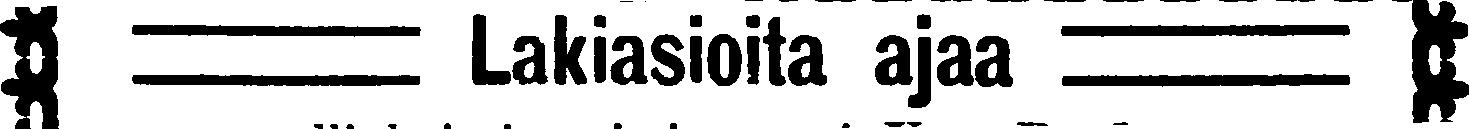
# # Lakiasioita ajaa # #